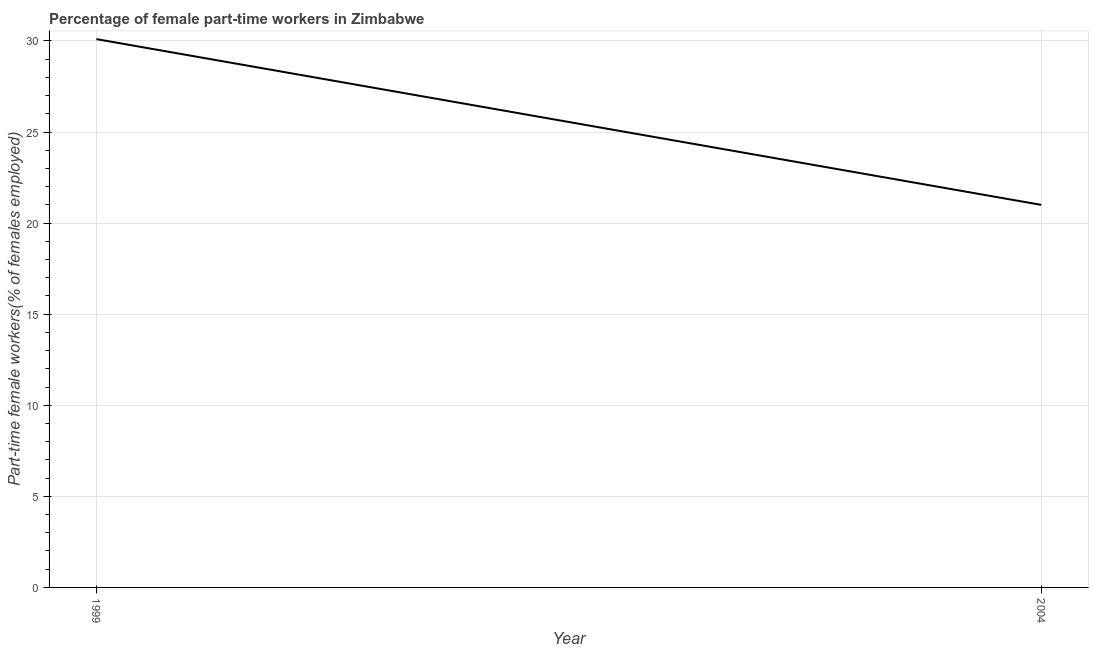
| Year | Part time employment |
 | --- | --- |
 | 1999 | 30.1 |
 | 2004 | 21 |